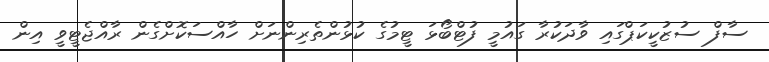
ސާފް ސުޒުކީކަޕްގައި ވާދަކުރާ ގައުމީ ފުޓްބޯޅަ ޓީމުގެ ކުޅުންތެރިންނަށް ހާއްސަކޮށްގެން ރާއްޖެޓީވީ އިން